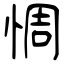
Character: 惆